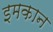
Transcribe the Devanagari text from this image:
इमकान